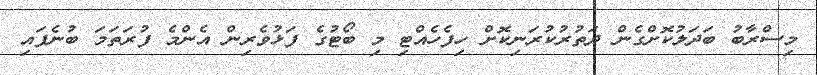
މިސްރާބު ބަދަލުކޮށްގެން ދަތުރުކުރަނިކޮށް ހިފެހެއްޓި މި ބޯޓުގެ ފަޅުވެރިން އެންމެ ފުރަތަމަ ބުނެފައި